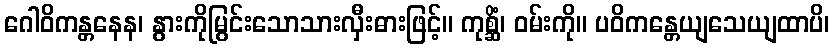
ဂေါဝိကန္တနေန၊ နွားကိုမြွင်းသောသားလှီးဓားဖြင့်။ ကုစ္ဆိံ၊ ဝမ်းကို။ ပဝိကန္တေယျသေယျထာပိ၊